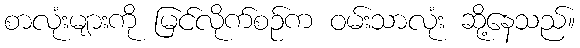
စာလုံးများကို မြင်လိုက်စဉ်က ဝမ်းသာလုံး ဆို့နေသည်။